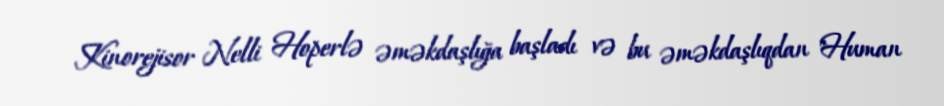
Kinorejisor Nelli Hoperlə əməkdaşlığa başladı və bu əməkdaşlıqdan "Human